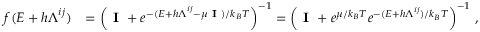
\begin{array} { r l } { f ( \boldsymbol { E } + h \boldsymbol { \Lambda } ^ { i j } ) } & { = \left( \textbf { I } + e ^ { - ( \boldsymbol { E } + h \boldsymbol { \Lambda } ^ { i j } - \mu \textbf { I } ) / k _ { B } T } \right) ^ { - 1 } = \left( \textbf { I } + e ^ { \mu / k _ { B } T } e ^ { - ( \boldsymbol { E } + h \boldsymbol { \Lambda } ^ { i j } ) / k _ { B } T } \right) ^ { - 1 } \, , } \end{array}